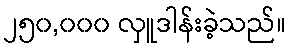
၂၅၀,၀၀၀ လှူဒါန်းခဲ့သည်။